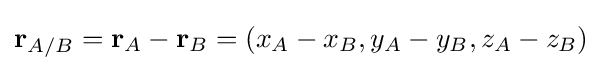
\mathbf {r} _{A/B}=\mathbf {r} _{A}-\mathbf {r} _{B}=\left(x_{A}-x_{B},y_{A}-y_{B},z_{A}-z_{B}\right)